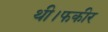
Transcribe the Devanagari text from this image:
थी।फकीर